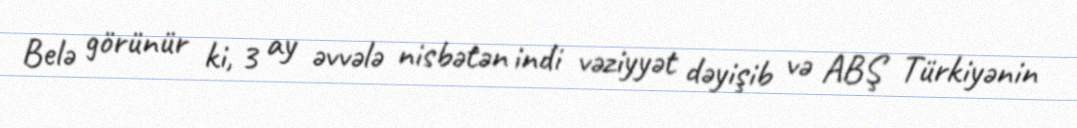
Belə görünür ki, 3 ay əvvələ nisbətən indi vəziyyət dəyişib və ABŞ Türkiyənin